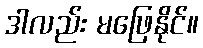
ဒါလည်း မဖြေနိုင်။